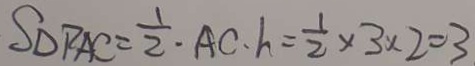
S _ { \Delta } P A C = \frac { 1 } { 2 } \cdot A C \cdot h = \frac { 1 } { 2 } \times 3 \times 2 = 3